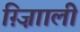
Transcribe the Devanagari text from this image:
ग़्ज़ाािली